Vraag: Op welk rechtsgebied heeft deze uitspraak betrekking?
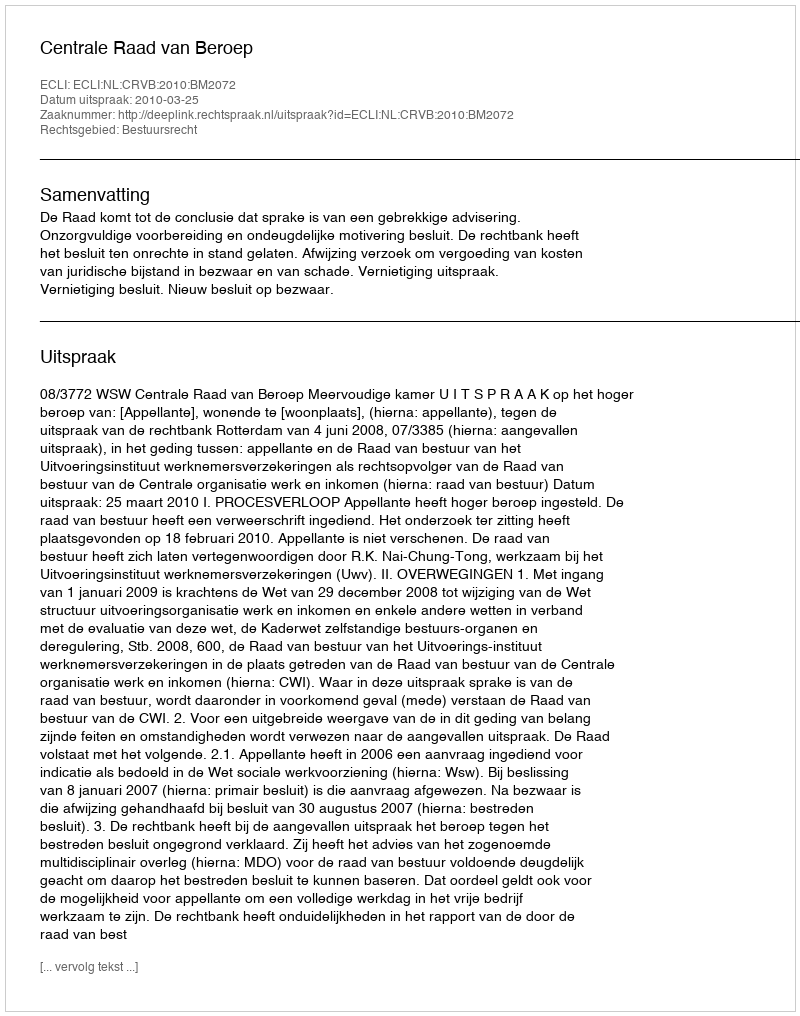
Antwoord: Bestuursrecht